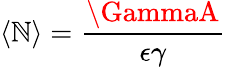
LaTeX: \langle\mathbb{N}\rangle=\frac{{\GammaA}}{{\epsilon\gamma}}